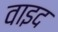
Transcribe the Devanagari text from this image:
वाइद